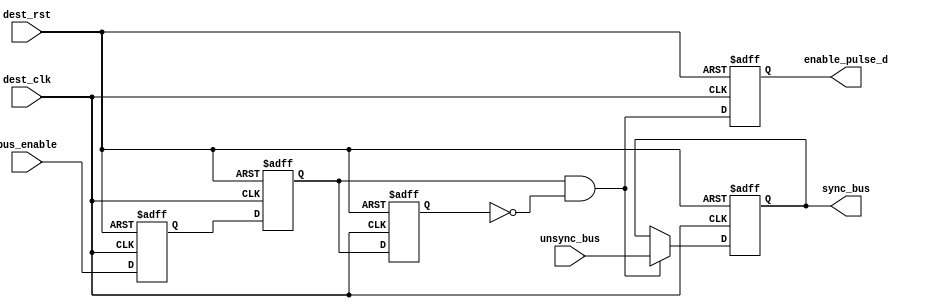

/////////////////////////////////////////////////////////////
//////////////////// data synchronizer //////////////////////
/////////////////////////////////////////////////////////////

module DATA_SYNC # ( parameter bus_width = 8 )
(
input    wire                      dest_clk,
input    wire                      dest_rst,
input    wire     [bus_width-1:0]  unsync_bus,
input    wire                      bus_enable,
output   reg      [bus_width-1:0]  sync_bus,
output   reg                       enable_pulse_d
);



//internal connections
reg                     meta_flop   ,
                        sync_flop   ,
                        enable_flop ;
					 
wire                    enable_pulse ;

wire  [bus_width-1:0]   sync_bus_c ;
					 
//----------------- double flop synchronizer --------------

always @(posedge dest_clk or negedge dest_rst)
 begin
  if(!dest_rst)      // active low
   begin
    meta_flop <= 1'b0 ;
    sync_flop <= 1'b0 ;	
   end
  else
   begin
    meta_flop <= bus_enable;
    sync_flop <= meta_flop ;
   end  
 end
 

//----------------- pulse generator --------------------

always @(posedge dest_clk or negedge dest_rst)
 begin
  if(!dest_rst)      // active low
   begin
    enable_flop <= 1'b0 ;	
   end
  else
   begin
    enable_flop <= sync_flop ;
   end  
 end

 
assign enable_pulse = sync_flop && !enable_flop ;


//----------------- multiplexing --------------------

assign sync_bus_c =  enable_pulse ? unsync_bus : sync_bus ;  


//----------- destination domain flop ---------------

always @(posedge dest_clk or negedge dest_rst)
 begin
  if(!dest_rst)      // active low
   begin
    sync_bus <= 'b0 ;	
   end
  else
   begin
    sync_bus <= sync_bus_c ;
   end  
 end
 
//--------------- delay generated pulse ------------

always @(posedge dest_clk or negedge dest_rst)
 begin
  if(!dest_rst)      // active low
   begin
    enable_pulse_d <= 1'b0 ;	
   end
  else
   begin
    enable_pulse_d <= enable_pulse ;
   end  
 end
 

endmodule